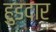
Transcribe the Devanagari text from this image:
हुडदार